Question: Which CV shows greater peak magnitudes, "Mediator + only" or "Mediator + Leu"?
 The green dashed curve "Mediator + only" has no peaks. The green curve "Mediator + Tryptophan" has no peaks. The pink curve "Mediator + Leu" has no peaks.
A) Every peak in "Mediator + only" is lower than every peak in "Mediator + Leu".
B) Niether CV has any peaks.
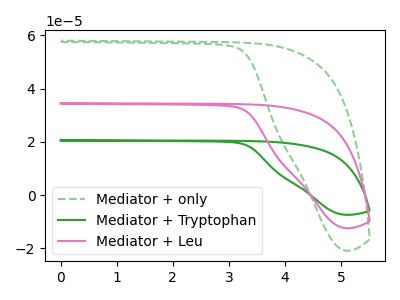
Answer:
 <answer>B) Niether CV has any peaks.</answer>
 <eval>B</eval>